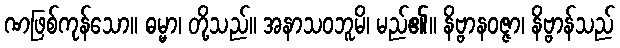
ဏဖြစ်ကုန်သော။ ဓမ္မာ၊ တို့သည်။ အနာသဝဘူမိ၊ မည်၏။ နိဗ္ဗာနဝဇ္ဇာ၊ နိဗ္ဗာန်သည်